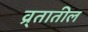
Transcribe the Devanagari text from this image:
व्र्तातील